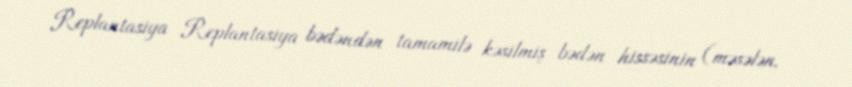
Replantasiya Replantasiya bədəndən tamamilə kəsilmiş bədən hissəsinin (məsələn,